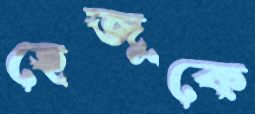
হেজুকে